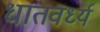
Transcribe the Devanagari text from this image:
धातवर्ध्य